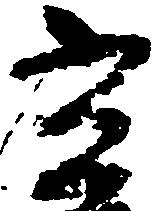
光